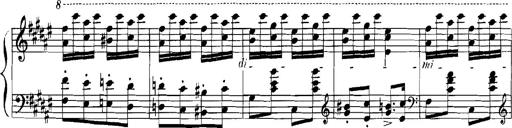
Title: Rhapsodies hongroises
Composer: Franz Liszt